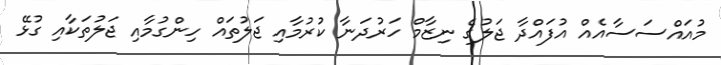
މުއައްސަސާއެއް އުފައްދާ ޖަލުގެ ނިޒާމް ހަރުދަނާ ކުރުމާއި ޖަލުތައް ހިންގުމާއި ޖަލުތަކާއި ގުޅޭ